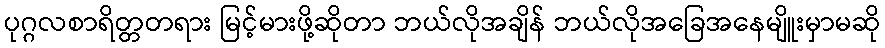
ပုဂ္ဂလစာရိတ္တတရား မြင့်မားဖို့ဆိုတာ ဘယ်လိုအချိန် ဘယ်လိုအခြေအနေမျိူးမှာမဆို